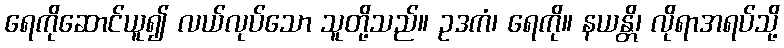
ရေကိုဆောင်ယူ၍ လယ်လုပ်သော သူတို့သည်။ ဥဒကံ၊ ရေကို။ နယန္တိ၊ လိုရာအရပ်သို့